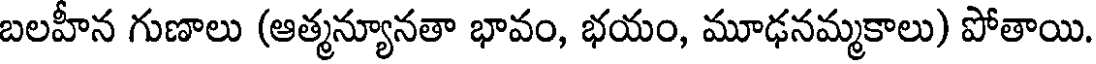
బలహీన గుణాలు (ఆత్మన్యూనతా భావం, భయం, మూఢనమ్మకాలు) పోతాయి.